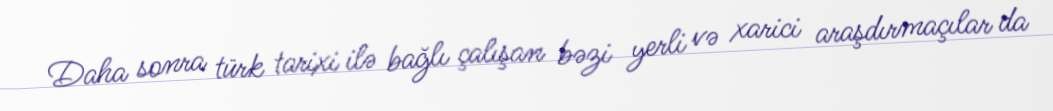
Daha sonra türk tarixi ilə bağlı çalışan bəzi yerli və xarici araşdırmaçılar da